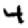
Digit: 4